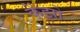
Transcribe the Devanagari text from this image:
केंझो